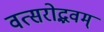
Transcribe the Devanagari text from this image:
वत्सरोद्भवम्